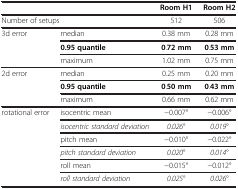
<table><thead><tr><td colspan="2"><b> </b></td><td><b>Room H1</b></td><td><b>Room H2</b></td></tr></thead><tbody><tr><td colspan="2">Number of setups</td><td>512</td><td>506</td></tr><tr><td rowspan="2">3d error</td><td>median</td><td>0.38 mm</td><td>0.28 mm</td></tr><tr><td><b>0.95 quantile</b></td><td><b>0</b>.<b>72 mm</b></td><td><b>0</b>.<b>53 mm</b></td></tr><tr><td> </td><td>maximum</td><td>1.02 mm</td><td>0.75 mm</td></tr><tr><td rowspan="2">2d error</td><td>median</td><td>0.25 mm</td><td>0.20 mm</td></tr><tr><td><b>0.95 quantile</b></td><td><b>0</b>.<b>50 mm</b></td><td><b>0</b>.<b>43 mm</b></td></tr><tr><td> </td><td>maximum</td><td>0.66 mm</td><td>0.62 mm</td></tr><tr><td rowspan="5">rotational error</td><td>isocentric mean</td><td>−0.007°</td><td>−0.006°</td></tr><tr><td><i>isocentric standard deviation</i></td><td><i>0</i>.<i>026</i>°</td><td><i>0</i>.<i>019</i>°</td></tr><tr><td>pitch mean</td><td>−0.010°</td><td>−0.022°</td></tr><tr><td><i>pitch standard deviation</i></td><td><i>0</i>.<i>020</i>°</td><td><i>0</i>.<i>014</i>°</td></tr><tr><td>roll mean</td><td>−0.015°</td><td>−0.012°</td></tr><tr><td> </td><td><i>roll standard deviation</i></td><td><i>0</i>.<i>025</i>°</td><td><i>0</i>.<i>026</i>°</td></tr></tbody></table>